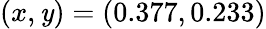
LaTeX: (x,\mathit{y})=(0.377,0.233)